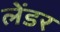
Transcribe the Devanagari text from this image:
लेंडर